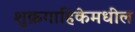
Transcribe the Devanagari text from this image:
शुक्रगाहिकेमधील